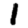
Digit: 1